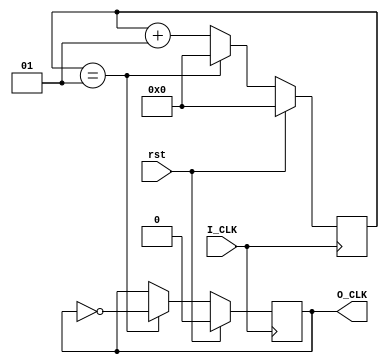
`timescale 1ns / 1ps
//////////////////////////////////////////////////////////////////////////////////
// Company: 
// Engineer: 
// 
// Design Name: 
// Module Name: Divider
// Project Name: 
// Target Devices: 
// Tool Versions: 
// Description: 
// 
// Dependencies: 
// 
// Revision:
// Revision 0.01 - File Created
// Additional Comments:
// 
//////////////////////////////////////////////////////////////////////////////////


module Divider#(parameter num = 2)(
    input I_CLK,
    input rst,
    output reg O_CLK
    );
    integer i=0;
    //parameter num=30000000;
    //parameter num=1;
    always @ (posedge I_CLK) begin
        if(rst==1) begin
            O_CLK<=0;
            i<=0;
        end
        else begin
            if(i==num-1) begin
                O_CLK<=~O_CLK;
                i<=0;
            end//end reset num
            else
                i<=i+1;
        end//end rst==0
    end//end always
endmodule